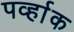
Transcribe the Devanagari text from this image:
पर्व्हाक